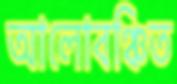
আলোবঞ্চিত